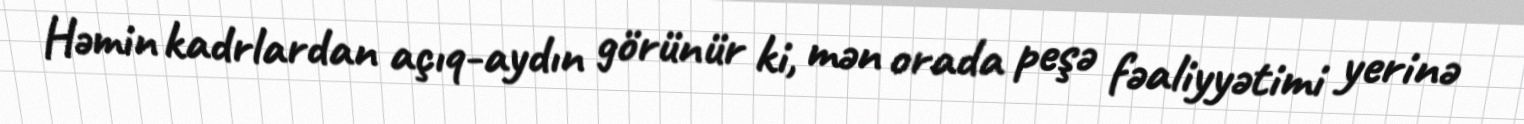
Həmin kadrlardan açıq-aydın görünür ki, mən orada peşə fəaliyyətimi yerinə